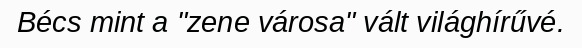
Bécs mint a "zene városa" vált világhírűvé.